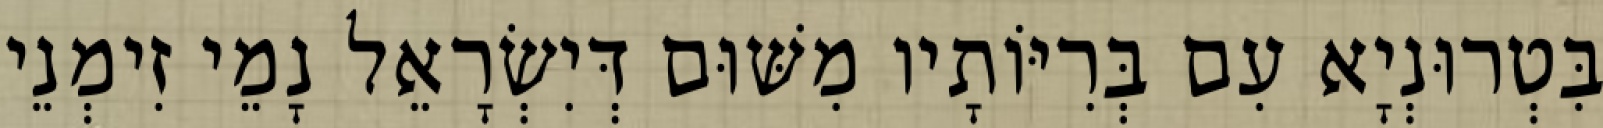
בִּטְרוּנְיָא עִם בְּרִיּוֹתָיו מִשּׁוּם דְּיִשְׂרָאֵל נָמֵי זִימְנֵי